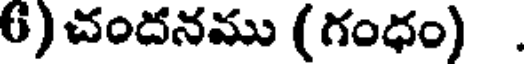
6) చందనము (గంధం) .